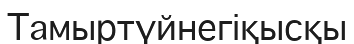
Тамыртүйнегіқысқы